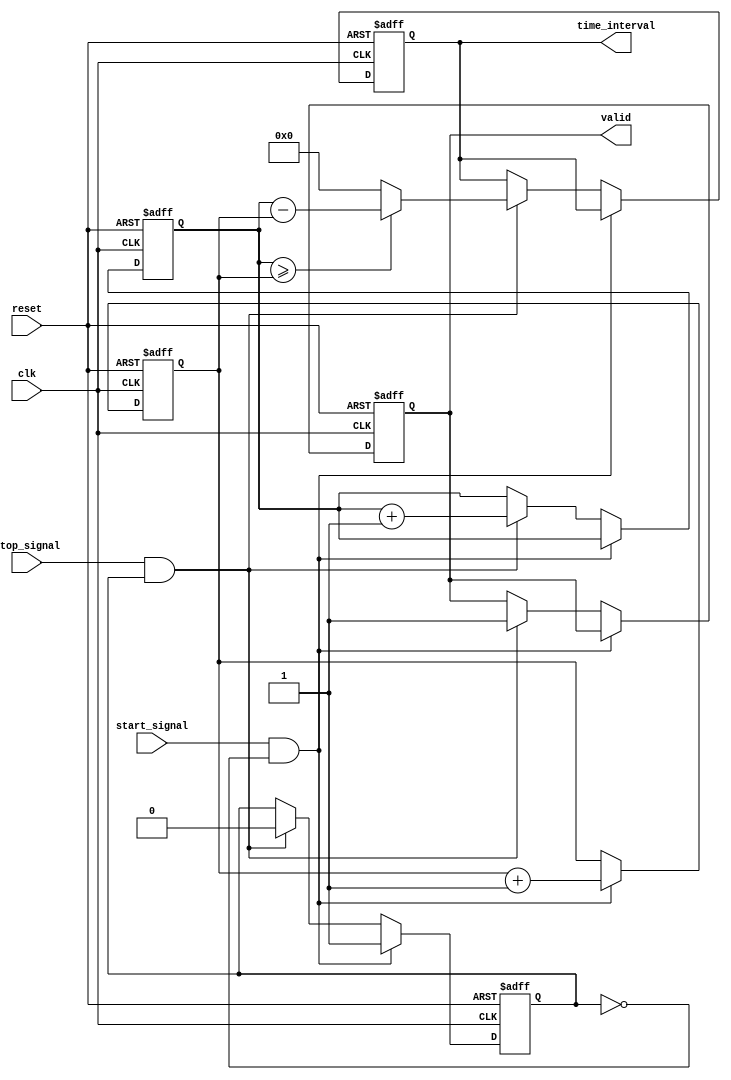
module TDC (
    input wire clk,                // Synchronized clock signal
    input wire reset,              // Reset signal
    input wire start_signal,       // Start event signal
    input wire stop_signal,        // Stop event signal
    output reg [15:0] time_interval, // Output time interval (16-bit)
    output reg valid               // Output valid flag
);

    // Internal registers
    reg [15:0] start_timestamp;    // Timestamp for start event
    reg [15:0] stop_timestamp;     // Timestamp for stop event
    reg capturing;                 // State to indicate capturing timestamps

    // Control logic
    always @(posedge clk or posedge reset) begin
        if (reset) begin
            start_timestamp <= 16'b0;
            stop_timestamp <= 16'b0;
            time_interval <= 16'b0;
            valid <= 1'b0;
            capturing <= 1'b0;
        end else begin
            if (start_signal && !capturing) begin
                // Capture start timestamp
                start_timestamp <= start_timestamp + 1; // Increment timestamp
                capturing <= 1'b1; // Set capturing state
            end else if (stop_signal && capturing) begin
                // Capture stop timestamp
                stop_timestamp <= stop_timestamp + 1; // Increment timestamp
                capturing <= 1'b0; // Reset capturing state
                // Calculate time interval
                if (stop_timestamp >= start_timestamp) begin
                    time_interval <= stop_timestamp - start_timestamp; // Calculate time difference
                end else begin
                    time_interval <= 16'b0; // Handle overflow case
                end
                valid <= 1'b1; // Set valid flag
            end
        end
    end

endmodule